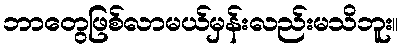
ဘာတွေဖြစ်လာမယ်မှန်းလည်းမသိဘူး။